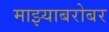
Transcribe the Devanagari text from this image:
माझ्याबरोबर